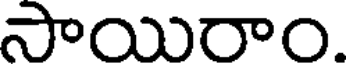
సాయిరాం.